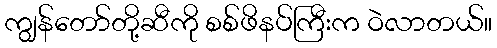
ကျွန်တော်တို့ဆီကို စစ်ဖိနပ်ကြီးက ဝဲလာတယ်။